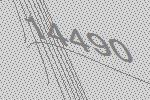
14490